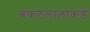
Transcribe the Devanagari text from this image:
बंकटलालाकडे